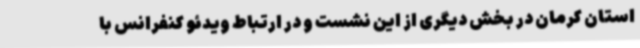
استان کرمان در بخش دیگری از این نشست و در ارتباط ویدئو کنفرانس با